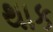
થાક